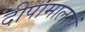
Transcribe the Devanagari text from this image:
दीपामालाएं